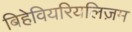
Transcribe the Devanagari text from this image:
बिहेवियरियलिज़म